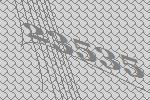
23535